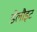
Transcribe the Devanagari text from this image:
डेलौइट